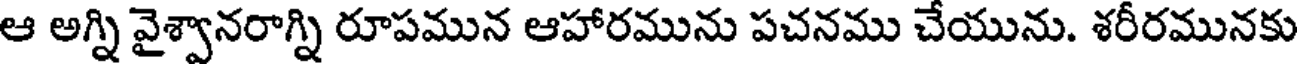
ఆ అగ్ని వైశ్వానరాగ్ని రూపమున ఆహారమును పచనము చేయును. శరీరమునకు